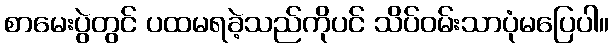
စာမေးပွဲတွင် ပထမရခဲ့သည်ကိုပင် သိပ်ဝမ်းသာပုံမပြေပါ။